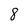
Character: 8